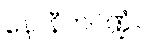
နောနီတပိဏ္ဍံဝ